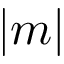
| m |